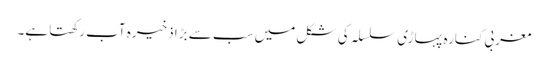
مغربی کنارہ پہاڑی سلسلہ کی شکل میں سب سے بڑا ذخیرہ آب رکھتا ہے۔